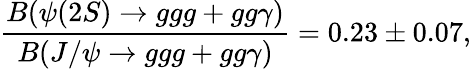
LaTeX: \frac{B(\psi(2S)\rightarrow ggg+gg\gamma)}{B(J/\psi\rightarrow ggg+gg\gamma)}=0.23\pm 0.07,